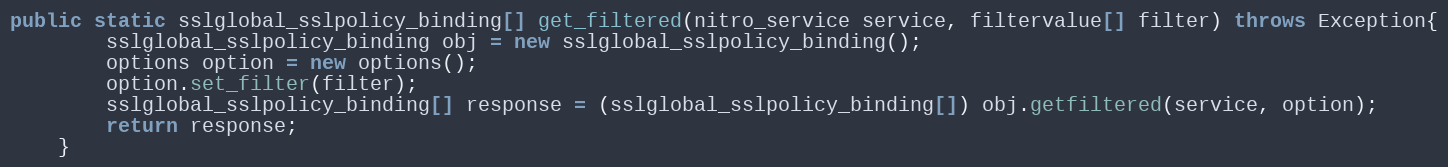
Language: Java
public static sslglobal_sslpolicy_binding[] get_filtered(nitro_service service, filtervalue[] filter) throws Exception{
		sslglobal_sslpolicy_binding obj = new sslglobal_sslpolicy_binding();
		options option = new options();
		option.set_filter(filter);
		sslglobal_sslpolicy_binding[] response = (sslglobal_sslpolicy_binding[]) obj.getfiltered(service, option);
		return response;
	}